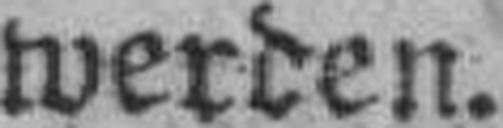
werden.